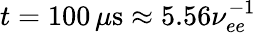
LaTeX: t=100\, \mu\mathrm{s}\approx 5.56\nu_{ee}^{-1}